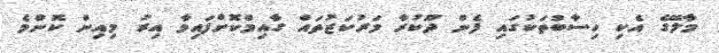
މާލޭގެ އެކި ހިސާބުތަކުގައި ފެން ދޫކުރާ މަރުކަޒުތައް ގާއިމްކޮށްފައިވާ އިރު މިިއިން ކޮންމެ